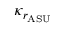
\kappa _ { r _ { \mathrm { A S U } } }